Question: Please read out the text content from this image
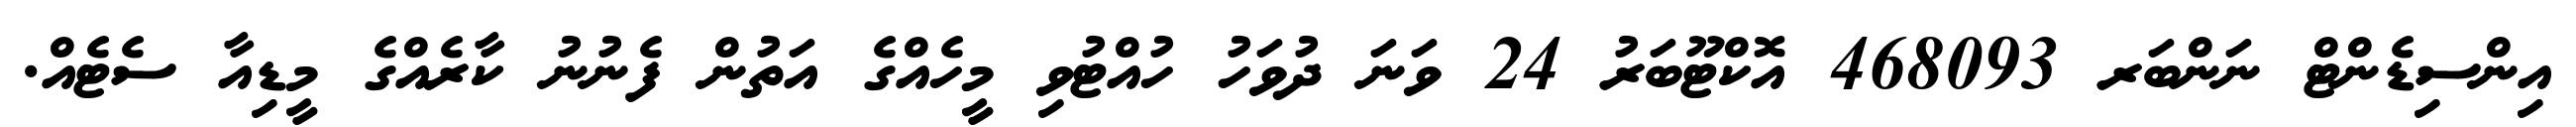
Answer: އިންސިޑެންޓް ނަންބަރ 468093 އޮކްޓޫބަރު 24 ވަނަ ދުވަހު ހުއްޓުވި މީހެއްގެ އަތުން ފެނުނު ކާރެއްގެ މީޑިއާ ސެޓެއް.